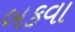
બકવા